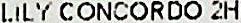
LILY CONCORDO 2H